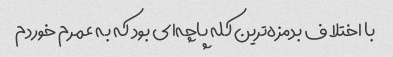
با اختلاف بدمزه‌ترین کله پاچه‌ای بود که به عمرم خوردم